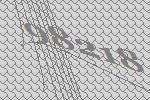
98218